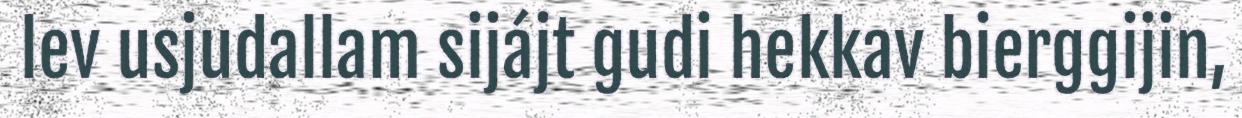
lev usjudallam sijájt gudi hekkav bierggijin,